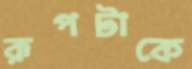
রূপটাকে